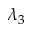
\lambda _ { 3 }